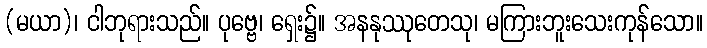
(မယာ)၊ ငါဘုရားသည်။ ပုဗ္ဗေ၊ ရှေး၌။ အနနုဿုတေသု၊ မကြားဘူးသေးကုန်သော။